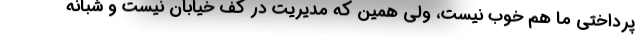
پرداختی ما هم خوب نیست، ولی همین که مدیریت در کف خیابان نیست و شبانه